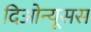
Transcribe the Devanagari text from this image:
दिओन्यूसस